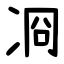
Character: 㓏